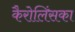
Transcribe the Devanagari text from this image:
कैरोलिंसका